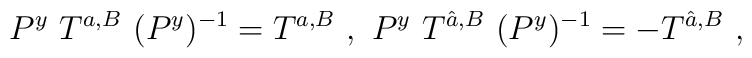
P^{y}~T^{a, B}~(P^{y})^{-1}= T^{a, B} ~,~ P^{y}~T^{\hat a, B}~(P^{y})^{-1}= - T^{\hat a, B}~,~\,